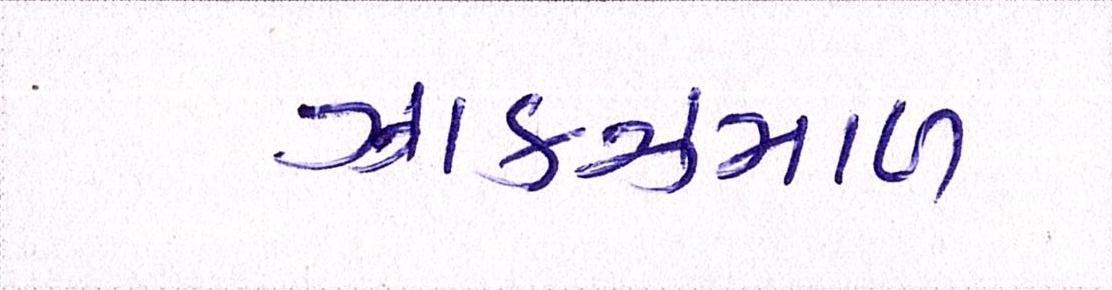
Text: ઝાકઝમાળ